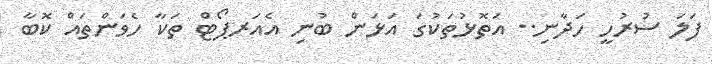
ފަލަ ސުރުހީ ހަދާނި.. އަތޮޅުތަކުގަ އަޅަން ބުނި އެއަރޕޯޓް ތަކާ ހެވަންތައް ކޮބާ